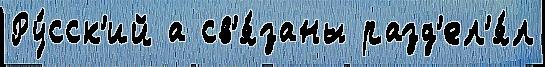
Ру́сск'ий а св'я́заны разд'ел'я́л